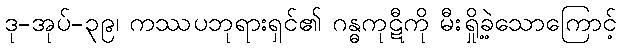
ဒု-အုပ်-၃၉၊ ကဿပဘုရားရှင်၏ ဂန္ဓကုဋီကို မီးရှို့ခဲ့သောကြောင့်